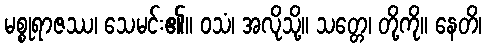
မစ္စုရာဇဿ၊ သေမင်း၏။ ဝသံ၊ အလိုသို့။ သတ္တေ၊ တို့ကို။ နေတိ၊